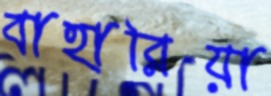
বাহারিয়া